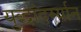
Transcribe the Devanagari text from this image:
युद्धांदर्म्यान